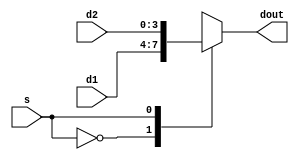
module mux_2x1_4b(dout,d1,d2,s);
	output reg [3:0] dout;
	input [3:0] d1,d2;
	input s;
	always @(*)
		begin
			case (s)
				1'b0: dout<=d1;
				1'b1: dout<=d2;
				default: dout<=4'd0;
			endcase
		end
endmodule